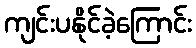
ကျင်းပနိုင်ခဲ့ကြောင်း